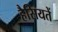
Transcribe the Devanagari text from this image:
हैसियतें